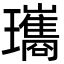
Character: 瓗